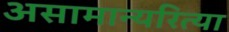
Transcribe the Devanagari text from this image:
असामान्यरित्या